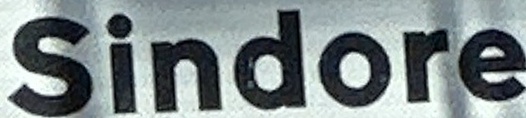
Sindore